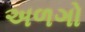
અળગો